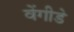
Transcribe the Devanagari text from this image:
वेंगीडे